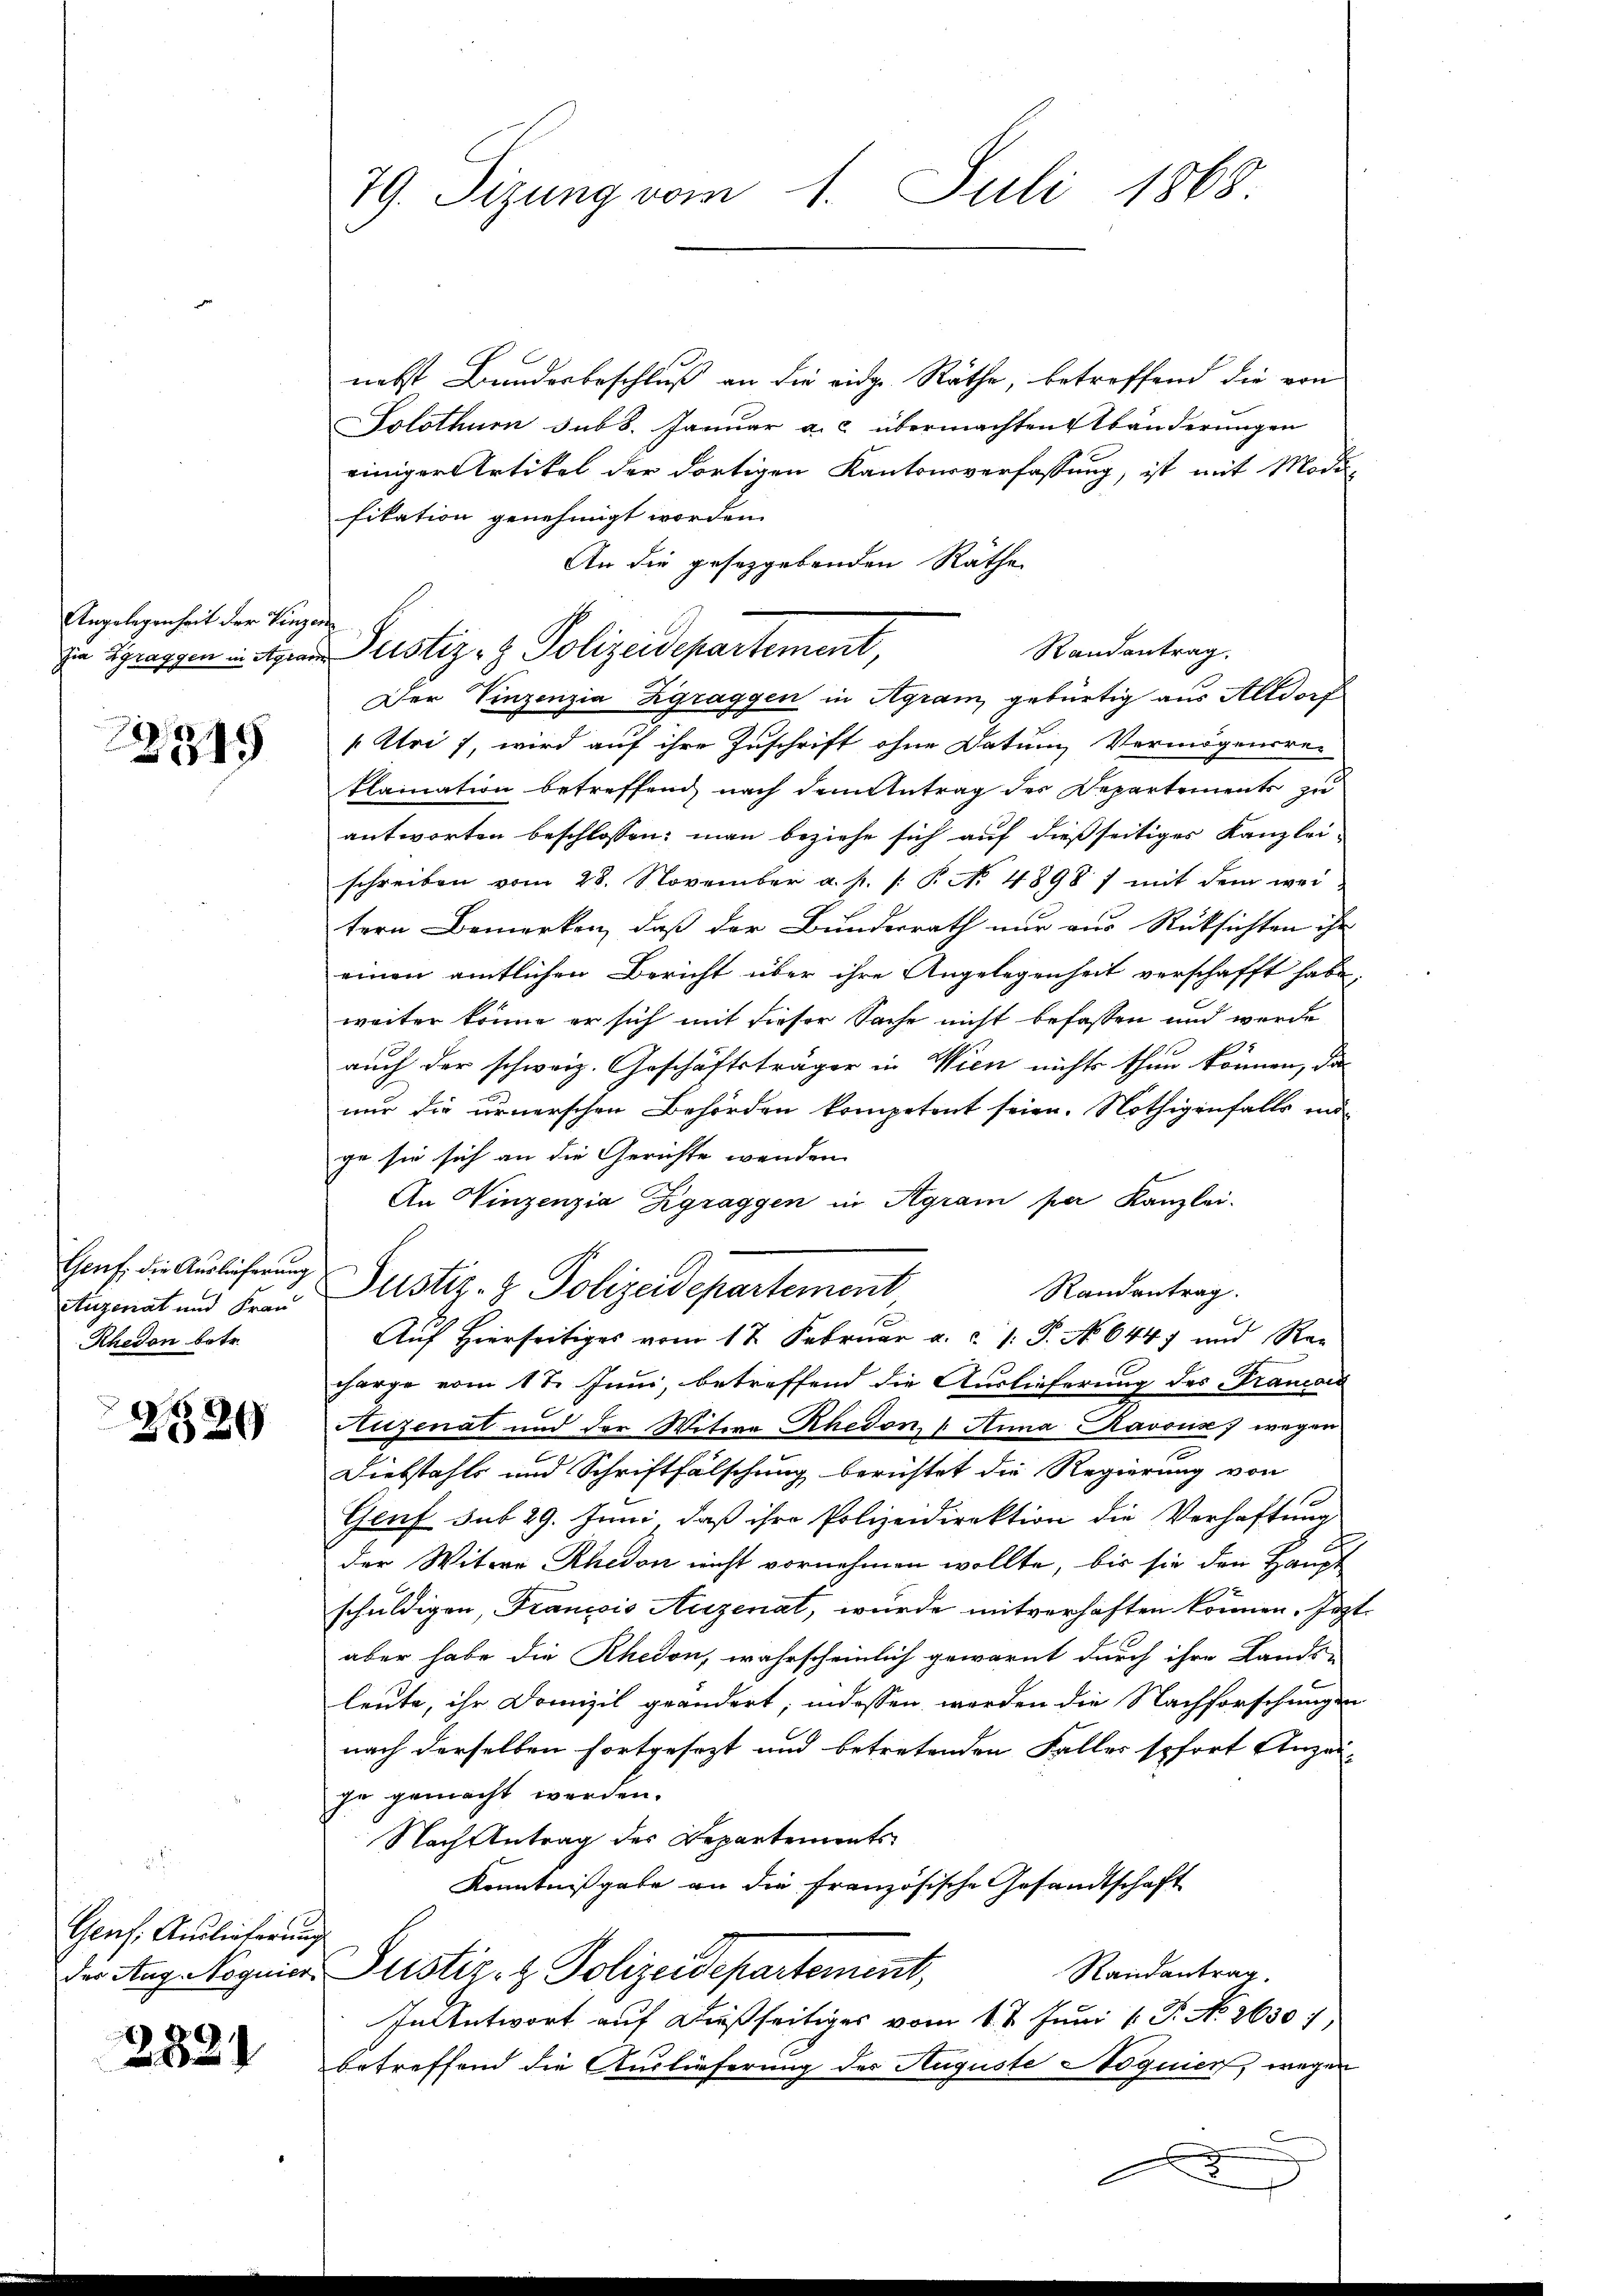
Angelegenheit der Vinzende

22345

Augenat und Frau
Rhedon betr.

2529

Genf. Auslieferung

2881

79. Sizung vom 1. Juli 1868

nebst Bundesbeschluß an die eidg. Räthe, betreffend die von
Solothur sub 8. Januar a. c. übermachten Abänderungen
einiger Artikel der dortigen Kantonsverfassung, ist mit Moda-
fikation genehmigt worden.
An die gesetzgebenden Räthe
Randantrag.
Der Vinzenzia Zgraggen in Agram gebürtig aus Altdorf
Uri 7, wird auf ihre Zuschrift ohne Datum Vermögensre-
klaination betreffend nach dem Antrag der Repartement zu
antworten beschlossen; man beziehe sich auf dießseitiges Kanzlei-
schreiben vom 28. November a. p. /: P. N. 4898 / mit dem wei
tern Bemerken, daß der Bunderrath nur aus Rüksichten ihr
einen amtlichen Bericht über ihre Angelegenheit verschafft habe,
weiter könne er sich mit dieser Sache nicht befassen und werde
auch der schweiz. Geschäftsträger in Wien nichts thun können, da
nur die urnerschen Behörden kompetent seien. Nöthigenfalls mi
ge sie sich an die Gerichte wenden
An Vinzenzia Zgraggen in Agram per Kanzlei.
Genf die Auslieferung Justiz- & Polizeidepartement
Randantrag.
Auf Hierseitiges vom 17. Februar a.c. s. S. No 6447 und Re-
horge vom 17. Juni, betreffend die Auslieferung des Francord
Auzenat und der Witwe Rhedon, " Anna Ravous wegen
Diebstahls und Schriftfälschung berichtet die Regierung von
Genf sub 29. Juni, daß ihre Polizeidirektion die Verhaftung
der Witwe Rhedon nicht vornehmen wollte, bis sie den Haupt
schuldigen, Francois Auzenat, wurde mitverhaften können. Jezt
aber habe die Rhedon, wahrscheinlich gewarnt durch ihre Lands-
leute, ihr Domizil geändert; indessen werden die Nachforschungen
nach derselben fortgesezt und betretenden Falles sofort Anzei-
je gemacht werden.
Nach Antrag des Departements¬
Kenntnißgabe an die Französische Gesandtschaft
Randantrag.
Der Aug Roguier Justiz- & Polizeidepartement,
In Antwort auf dießseitiges vom 1 t Juni l. J. No. 26307,
betreffend die Auslieferung der Auguste Noquier, wegen
A

zia Zgraggen in Agram Justiz- & Polizeidepartement,